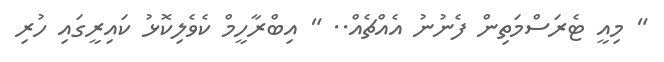
" މިއީ ޓެރަސްމަތިން ފެނުނު އެއްޗެއް.. " އިބްރާހީމް ކެވެލިކޮޅު ކައިރީގައި ހުރި